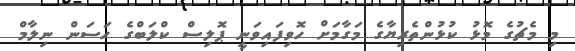
މި މެޗުގެ މޮޅު ކުޅުންތެރިޔާގެ މަގާމަށް ހޮވިފައިވަނީ ޕޮލިސް ކްލަބްގެ ހަސަން ނިލާމް